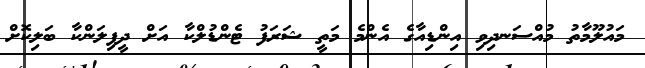
މައުލޫމާތު މުއްސަނދިވި އިންޑިއާގެ އެންމެ މަތީ ޝަރަފު ޓެންޑުލްކާ އަށް ދީފިލަންކާ ބަލިކޮށް